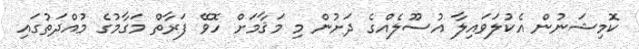
ކޮމިޝަނުން އެކުލަވައިލާ އުސޫލެއްގެ ދަށުން މި މަޤާމަށް ހޮވޭ ފަރާތް މަގާމުގެ މުއްދަތުގައި